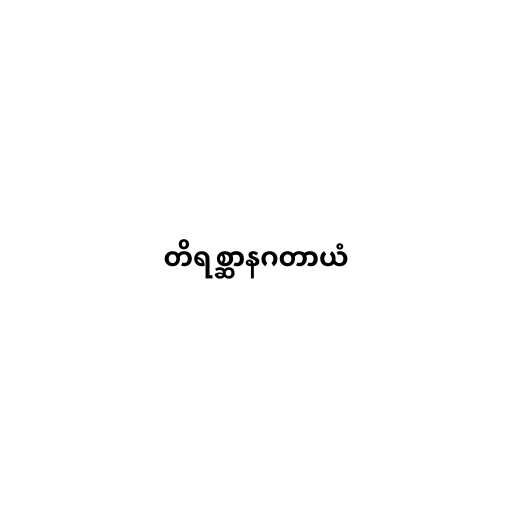
တိရစ္ဆာနဂတာယံ